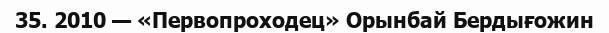
35. 2010 — «Первопроходец» Орынбай Бердығожин